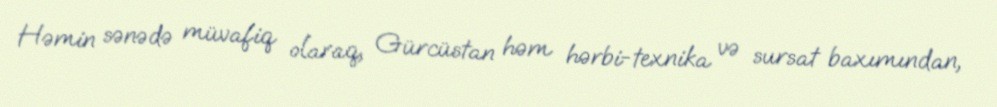
Həmin sənədə müvafiq olaraq, Gürcüstan həm hərbi-texnika və sursat baxımından,